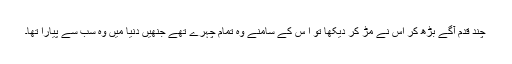
چند قدم آگے بڑھ کر اس نے مڑ کر دیکھا تو ا س کے سامنے وہ تمام چہرے تھے جنھیں دنیا میں وہ سب سے پیارا تھا۔